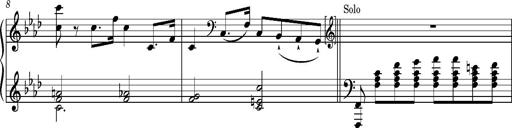
Title: Introduction des Variations sur une marche du SiÃ¨ge de Corinthe, S.421a
Composer: Franz Liszt
Key: F minor